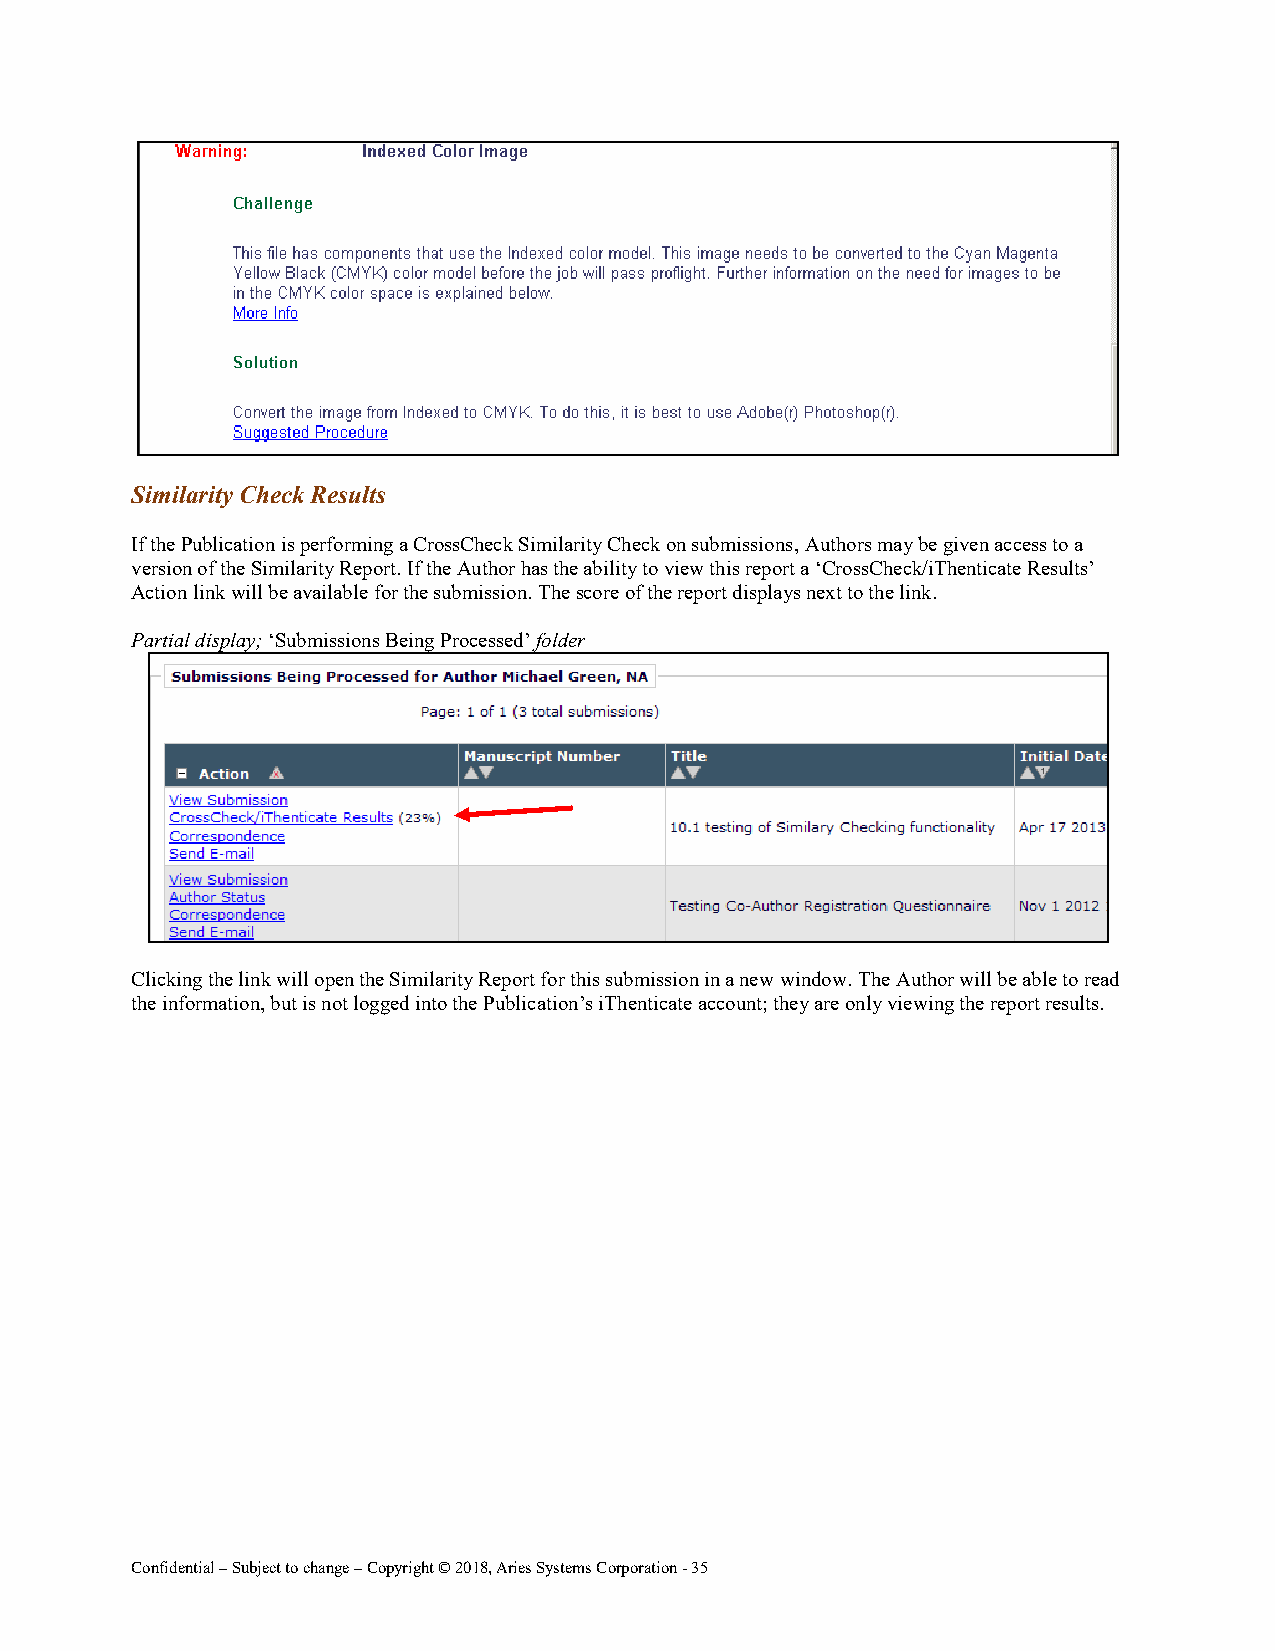
Similarity Check Results
 If the Publication is performing a CrossCheck Similarity Check on submissions, Authors may be given access to a
 version of the Similarity Report. If the Author has the ability to view this report a ‘CrossCheck/iThenticate Results’
 Action link will be available for the submission. The score of the report displays next to the link.
 Partial display; ‘Submissions Being Processed’ folder
 Clicking the link will open the Similarity Report for this submission in a new window. The Author will be able to read
 the information, but is not logged into the Publication’s iThenticate account; they are only viewing the report results.
 Confidential – Subject to change – Copyright © 2018, Aries Systems Corporation - 35